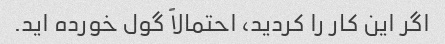
اگر این کار را کردید، احتمالاً گول خورده اید.